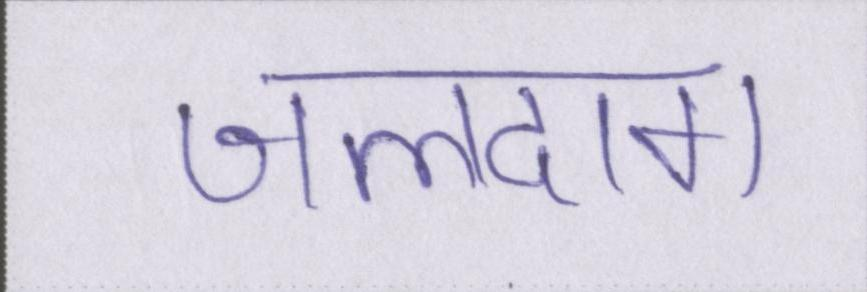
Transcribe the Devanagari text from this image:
जलदाग